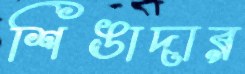
শিঙাদার